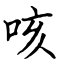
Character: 咳